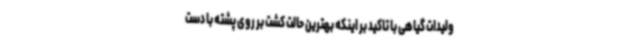
ولیدات گیاهی با تاکید بر اینکه بهترین حالت کشت بر روی پشته با دست